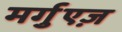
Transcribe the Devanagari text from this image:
मर्गुएज़